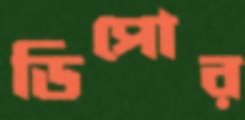
ডিপোর